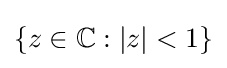
\{z\in \mathbb {C} :|z|<1\}